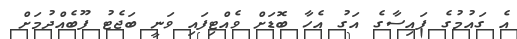
އެ ގައުމުގެ ފައިސާގެ އަގު އެހާ ބޮޑަށް ވެއްޓިފައި ވަނީ ބަޖެޓު ފޫބެއްދުމަށް